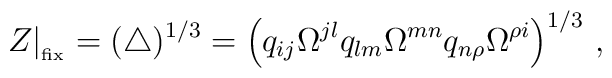
Z|_{\phantom{}_{\rm fix}}= (\triangle)^{1/3} = \Bigl( q_{ij} \Omega^{jl}q_{lm} \Omega^{mn} q_{n\rho}\Omega^{\rho i}\Bigr)^{1/3} \ ,